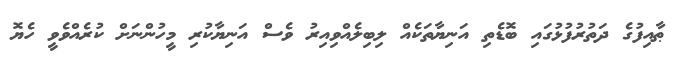
ޠާއިފުގެ ދަތުރުފުޅުގައި ބޮޑެތި އަނިޔާތަކެއް ލިބިލެއްވިއިރު ވެސް އަނިޔާކުރި މީހުންނަށް ކުރެއްވެވީ ހެޔޮ